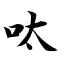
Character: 呔